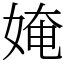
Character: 㛪